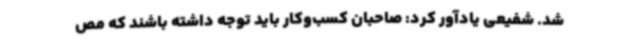
شد. شفیعی یادآور کرد: صاحبان کسب‌وکار باید توجه داشته باشند که مص